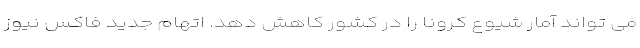
می تواند آمار شیوع کرونا را در کشور کاهش دهد. اتهام جدید فاکس نیوز